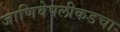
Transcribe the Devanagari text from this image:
जाणिवेपलीकडचा